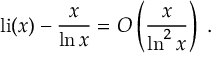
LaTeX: \operatorname { l i } ( x ) - { \frac { x } { \ln x } } = O \left( { \frac { x } { \ln ^ { 2 } x } } \right) \; .